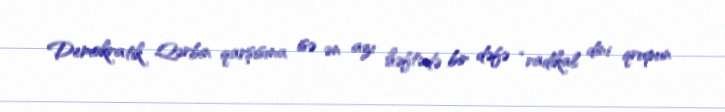
Demokratik Qərbin qarşısına isə ən azı həftədə bir dəfə “radikal dini qrupun